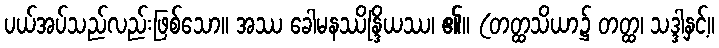
ပယ်အပ်သည်လည်းဖြစ်သော။ အဿ ခေါမနဿိန္ဒြိယဿ၊ ၏။ (တတ္ထသိယာ၌ တတ္ထ၊ သဒ္ဒါနှင့်။